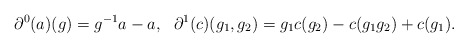
\begin{align*} \partial^0(a)(g) = g^{-1}a-a, \ \ \partial^1(c)(g_1,g_2) = g_1c(g_2)-c(g_1g_2)+c(g_1).\end{align*}